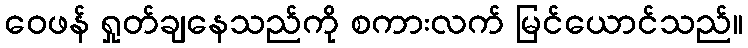
ဝေဖန် ရှုတ်ချနေသည်ကို စကားလက် မြင်ယောင်သည်။